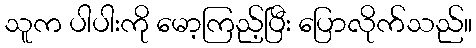
သူက ပါပါးကို မော့ကြည့်ပြီး ပြောလိုက်သည်။